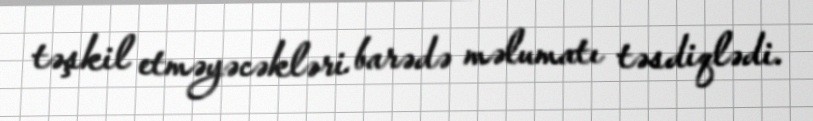
təşkil etməyəcəkləri barədə məlumatı təsdiqlədi.